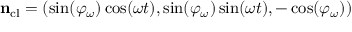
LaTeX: { \bf n } _ { \mathrm { c l } } = ( \sin ( \varphi _ { \omega } ) \cos ( \omega t ) , \sin ( \varphi _ { \omega } ) \sin ( \omega t ) , - \cos ( \varphi _ { \omega } ) )